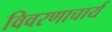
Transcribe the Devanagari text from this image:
विवरणाचार्य